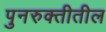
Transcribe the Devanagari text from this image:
पुनरुक्तीतील